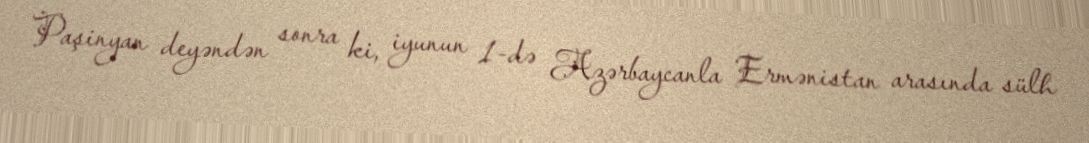
Paşinyan deyəndən sonra ki, iyunun 1-də Azərbaycanla Ermənistan arasında sülh